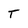
Character: T